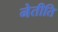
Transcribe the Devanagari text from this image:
नेतीति